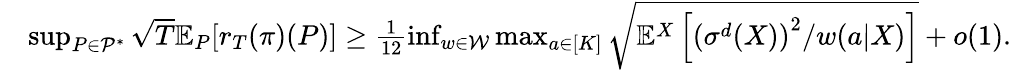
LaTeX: \begin{array}{rl}&{\operatorname*{sup}_{P\in\mathcal{P}^{*}}\sqrt{T}\mathbb{E}_{P}[r_{T}(\pi)(P)]\geq\frac{1}{12}\operatorname*{inf}_{w\in\mathcal{W}}\operatorname*{max}_{a\in[K]}\sqrt{\mathbb{E}^{X}\left[{\left(\sigma^{d}(X)\right)^{2}}/{w(a|X)}\right]}+o(1).}\end{array}